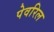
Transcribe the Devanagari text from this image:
पेवरिल